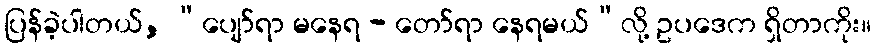
ပြန်ခဲ့ပါတယ်, “ပျော်ရာ မနေရ - တော်ရာ နေရမယ်”လို့ ဥပဒေက ရှိတာကိုး။